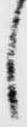
し